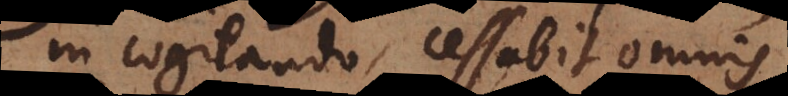
in cogitando, cessabit omnis